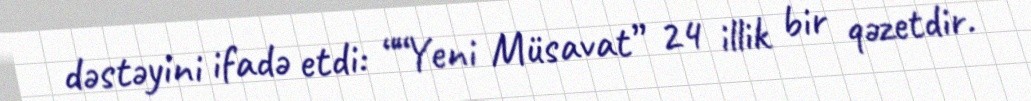
dəstəyini ifadə etdi: ““Yeni Müsavat” 24 illik bir qəzetdir.